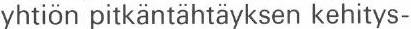
yhtiön pitkäntähtäyksen kehitys